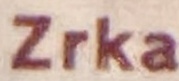
Zrka